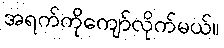
အရက်ကိုကျော်လိုက်မယ်။